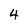
Character: 4